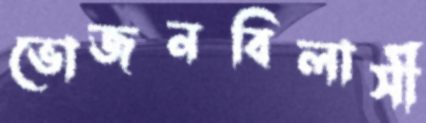
ভোজনবিলাসী